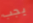
يجب